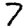
Digit: 7